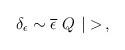
\begin{align*}\delta_{\epsilon} \sim \overline{\epsilon}\ Q\ |>\, ,\end{align*}